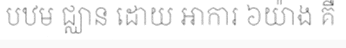
បឋម ជ្ឈាន ដោយ អាការ ៦យ៉ាង គឺ